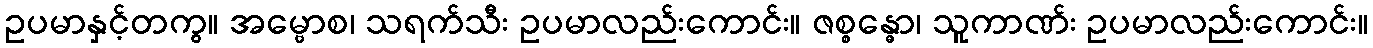
ဥပမာနှင့်တကွ။ အမ္ဗောစ၊ သရက်သီး ဥပမာလည်းကောင်း။ ဇစ္စန္ဓော၊ သူကာဏ်း ဥပမာလည်းကောင်း။